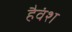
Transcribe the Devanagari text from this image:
हैवंश